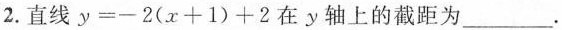
2.直线$$y = - 2 ( x + 1 )+ 2$$在y轴上的截距为___.